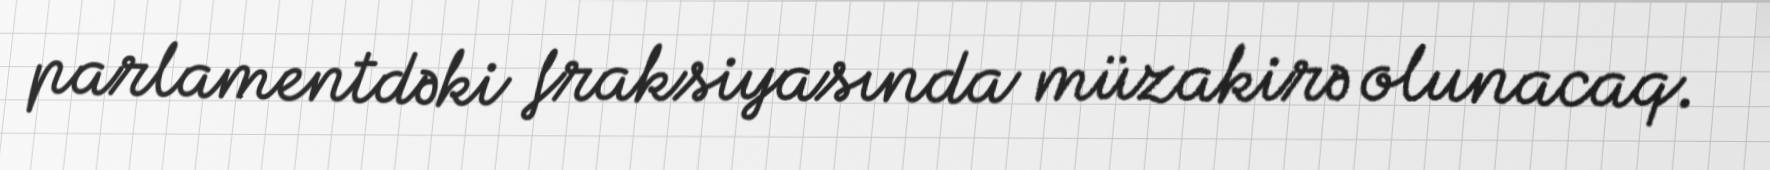
parlamentdəki fraksiyasında müzakirə olunacaq.